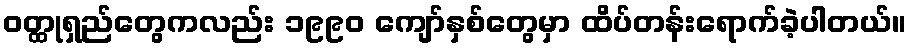
ဝတ္ထုရှည်တွေကလည်း ၁၉၉၀ ကျော်နှစ်တွေမှာ ထိပ်တန်းရောက်ခဲ့ပါတယ်။